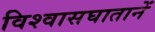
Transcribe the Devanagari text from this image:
विश्वासघातानें